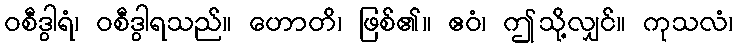
ဝစီဒွါရံ၊ ဝစီဒွါရသည်။ ဟောတိ၊ ဖြစ်၏။ ဧဝံ၊ ဤသို့လျှင်။ ကုသလံ၊